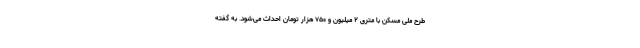
طرح ملی مسکن با متری ۲ میلیون و ۷۵۰ هزار تومان احداث می‌شود. به گفته